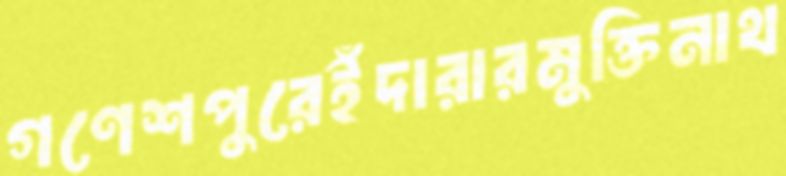
গণেশপুরেইঁদারারমুক্তিনাথ